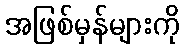
အဖြစ်မှန်များကို